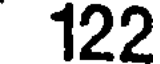
122